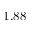
1 . 8 8